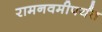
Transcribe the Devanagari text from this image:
रामनवमीपर्यंत